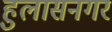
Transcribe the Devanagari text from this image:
हुलासनगर